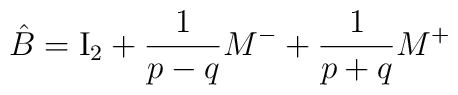
\hat B = {\rm I}_2 + {1 \over p-q} M^- + {1 \over p+q} M^+